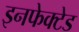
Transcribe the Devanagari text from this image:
इनफेक्टेड